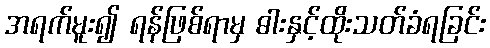
အရက်မူး၍ ရန်ဖြစ်ရာမှ ဓါးနှင့်ထိုးသတ်ခံရခြင်း